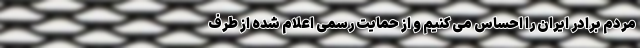
مردم برادر ایران را احساس می کنیم و از حمایت رسمی اعلام شده از طرف